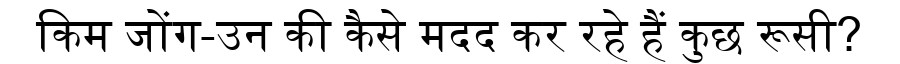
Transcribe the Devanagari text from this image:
किम जोंग-उन की कैसे मदद कर रहे हैं कुछ रूसी?